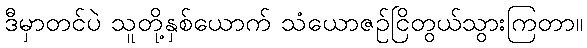
ဒီမှာတင်ပဲ သူတို့နှစ်ယောက် သံယောဇဉ်ငြိတွယ်သွားကြတာ။